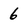
Character: 6